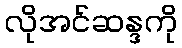
လိုအင်ဆန္ဒကို